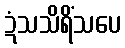
ဍံသသိရိံသပေ